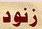
زنود